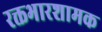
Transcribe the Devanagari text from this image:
रक्तभारशामक